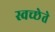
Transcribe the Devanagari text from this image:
स्वच्छेते